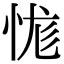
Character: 㤶